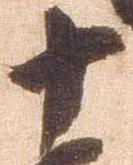
十